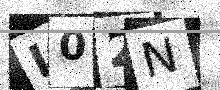
Text: L02N